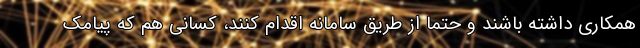
همکاری داشته باشند و حتما از طریق سامانه اقدام کنند، کسانی هم که پیامک